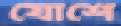
যোশে